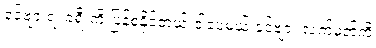
ခင်ဗျားရဲ့ ခရီးကို ပြန်စနိုင်တယ်။ဒါပေမယ့် ခင်ဗျား လက်မှတ်ကို